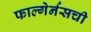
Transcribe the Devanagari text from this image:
फाल्गेर्नसची